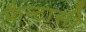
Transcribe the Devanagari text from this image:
फैन्टासी